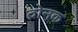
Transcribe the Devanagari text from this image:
द्रोनक